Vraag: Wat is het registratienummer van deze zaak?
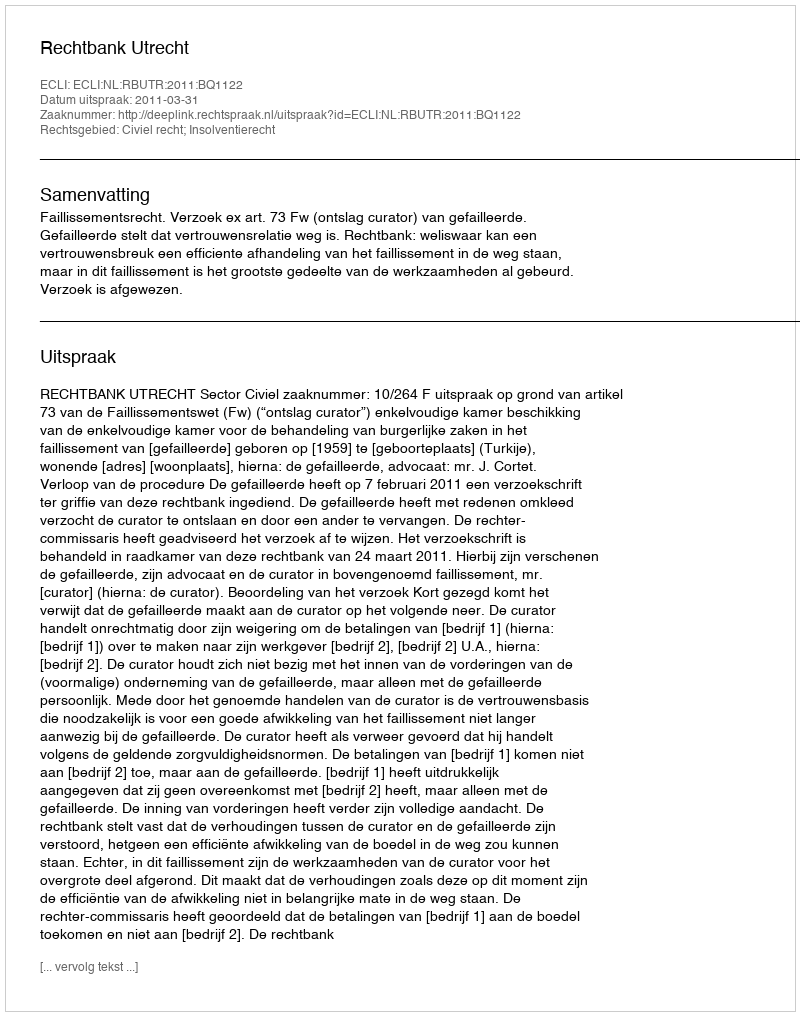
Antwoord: http://deeplink.rechtspraak.nl/uitspraak?id=ECLI:NL:RBUTR:2011:BQ1122